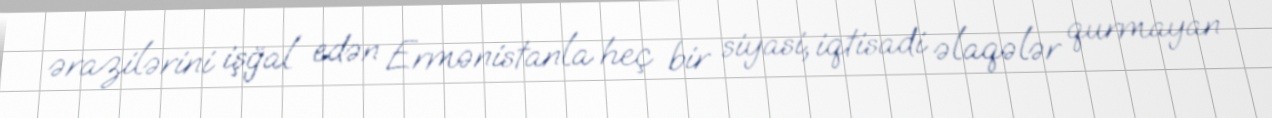
ərazilərini işğal edən Ermənistanla heç bir siyasi, iqtisadi əlaqələr qurmayan